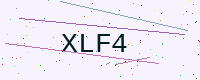
Text: XLF4